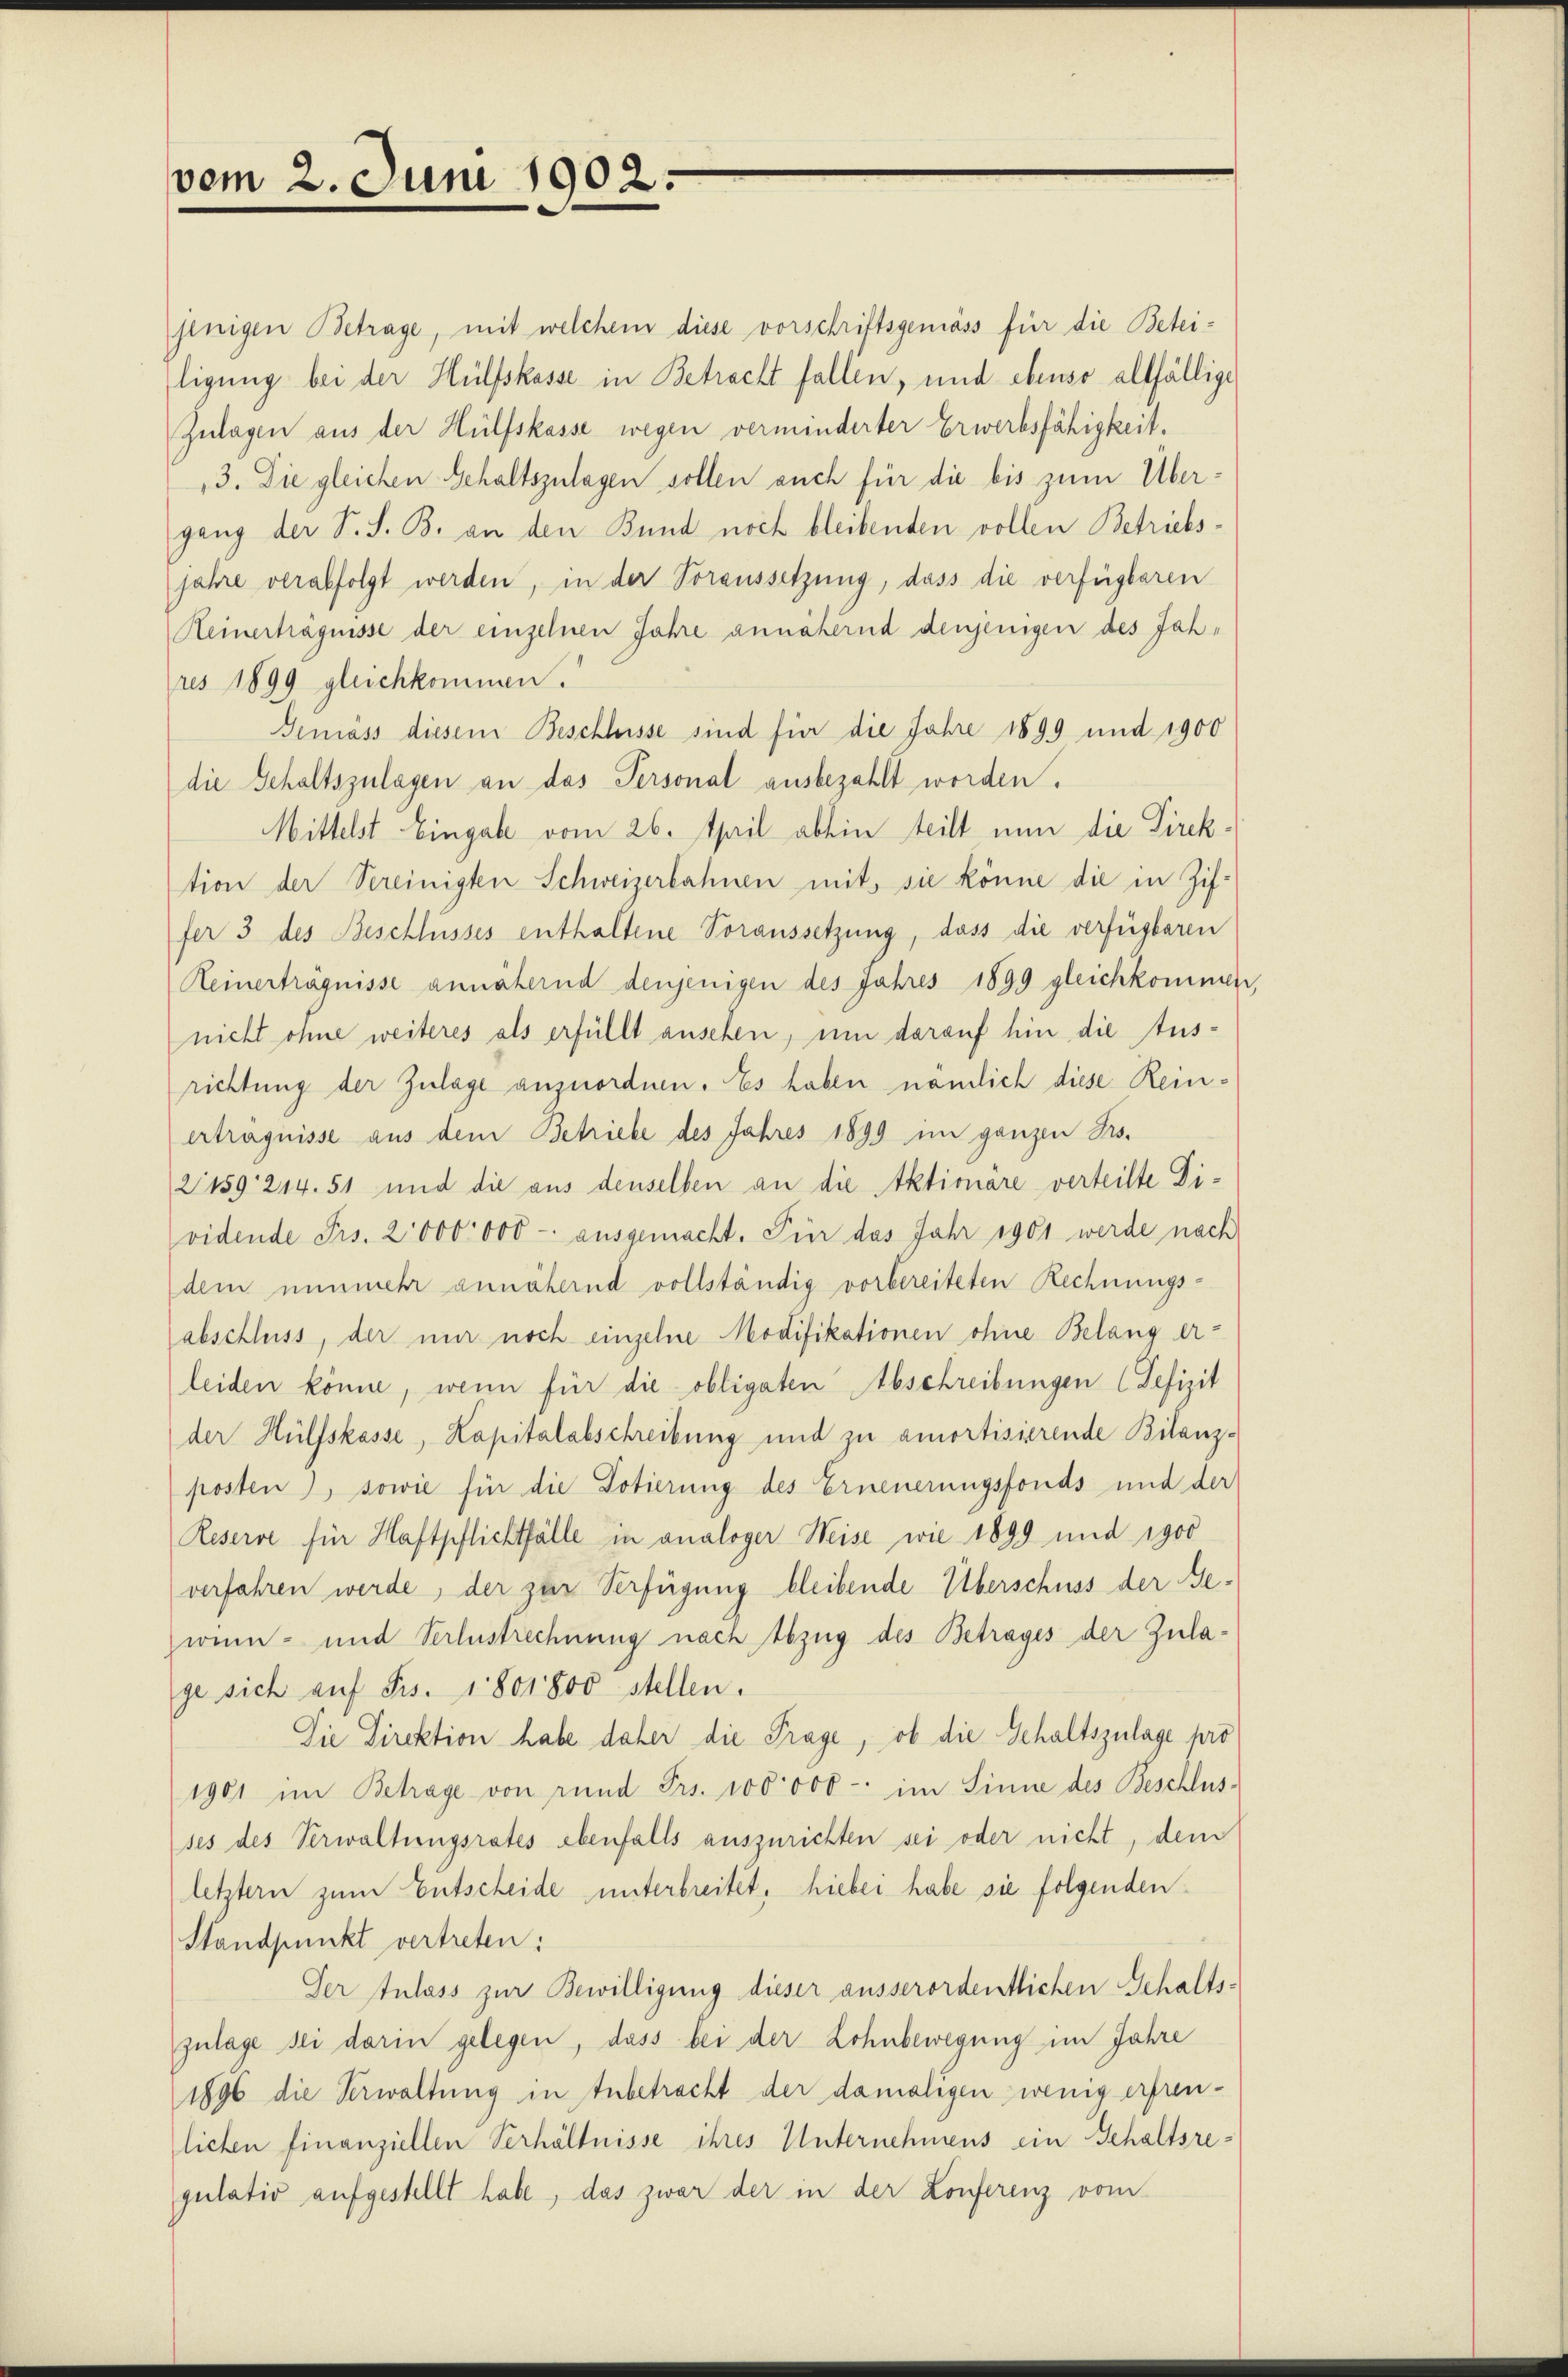
vom 2. Juni 1902.

jenigen Betrage, mit welchem diese vorschriftsgemäss für die Beteiligung bei der Hülfskasse in Betracht fallen, und ebenso allfällige
Zulagen aus der Hülfskasse wegen verminderter Erwerbsfähigkeit.
3. Die gleichen Gehaltszulagen sollen auch für die bis zum Übergang der S. S. B. an den Bund noch bleibenden vollen Betriebsjahre verabfolgt werden, in der Voraussetzung, dass die verfügbaren
Keinerträgnisse der einzelnen Jahre annähernd denjenigen des Jahres 1899 gleichkommen.
Gemäss diesem Beschlusse sind für die Jahre 1899 und 1900
die Gehaltszulagen an das Personal ausbezahlt worden.
Mittelst Eingabe vom 26. April abhin teilt nun die Direktion der Vereinigten Schweizerbahnen mit, sie könne die in Ziffer 3 des Beschlusses enthaltene Voraussetzung, dass die verfügbaren
Keinerträgnisse annähernd denjenigen des Jahres 1899 gleichkommer
nicht ohne weiteres als erfüllt ansehen, um darauf hin die Ausrichtung der Zulage anzuordnen. Es haben nämlich diese Reinertragnisse aus dem Betriebe des Jahres 1899 im ganzen Bes¬
21159. 214. 51 und die aus denselben an die Aktionare verteilte Dividende Frs. 2,000 000 - ausgemacht. Für das Jahr 1901 werde nach
dem nunmehr annähernd vollständig vorbereiteten Rechnungsabschluss, der nur noch einzelne Modifikationen ohne Belang erleiden könne, wenn für die obligaten Abschreibungen (Tefizit
der Hülfskasse, Kapitalabschreibung und zu amortisierende Bilanzposten), sowie für die Dotierung des Erneuerungsfonds und der
Reserve für Haftpflichtfälle in analoger Weise wie 1899 und 1900
verfahren werde, der zur Verfügung bleibende Überschuss der Gewenn- und Verlustrechnung nach Abzug des Betrages der Zulage sich auf Frs. 1801800 stellen.
Die Direktion habe daher die Frage, ob die Gehaltszulage pro
1901 im Betrage von rund Frs. 100000 - im Sinne des Beschlusses des Verwaltungsrates ebenfalls auszurichten sei oder nicht, dem
letztern zum Entscheide unterbreitet, hiebei habe sie folgenden
Standpunkt vertreten:
Der Zulass zur Bewilligung dieser ausserordentlichen Gehaltszulage sei darin gelegen, dass bei der Lohnbewegung im Jahre
1896 die Verwaltung in Anbetracht der damaligen wenig erfreulichen finanziellen Verhältnisse ihres Unternehmens ein Gehaltsregulativ aufgestellt habe, das zwar der in der Konferenz vom